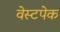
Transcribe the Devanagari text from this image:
वेस्टपेक